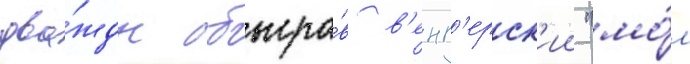
два́жды обыгра́в в'енг'ерск'ии "мо́л